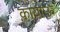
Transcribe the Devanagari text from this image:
कायाऊ